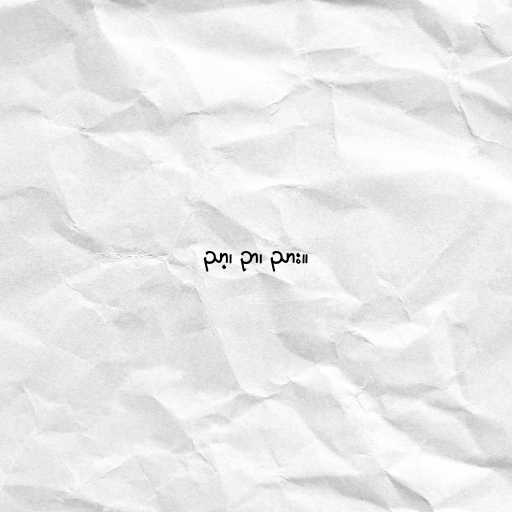
ညာ့၊ ဉာ၊ ညား။